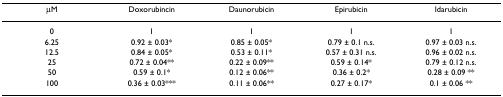
<table><thead><tr><td><b>μM</b></td><td><b>Doxorubincin</b></td><td><b>Daunorubicin</b></td><td><b>Epirubicin</b></td><td><b>Idarubicin</b></td></tr></thead><tbody><tr><td>0</td><td>1</td><td>1</td><td>1</td><td>1</td></tr><tr><td>6.25</td><td>0.92 ± 0.03*</td><td>0.85 ± 0.05*</td><td>0.79 ± 0.1 n.s.</td><td>0.97 ± 0.03 n.s.</td></tr><tr><td>12.5</td><td>0.84 ± 0.05*</td><td>0.53 ± 0.11*</td><td>0.57 ± 0.31 n.s.</td><td>0.96 ± 0.02 n.s.</td></tr><tr><td>25</td><td>0.72 ± 0.04**</td><td>0.22 ± 0.09**</td><td>0.59 ± 0.14*</td><td>0.79 ± 0.12 n.s.</td></tr><tr><td>50</td><td>0.59 ± 0.1*</td><td>0.12 ± 0.06**</td><td>0.36 ± 0.2*</td><td>0.28 ± 0.09 **</td></tr><tr><td>100</td><td>0.36 ± 0.03***</td><td>0.11 ± 0.06**</td><td>0.27 ± 0.17*</td><td>0.1 ± 0.06 **</td></tr></tbody></table>